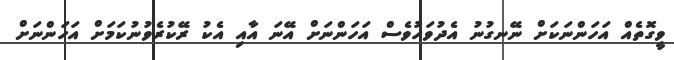
ވީގޮތެއް އަހަންނަކަށް ނޭނގުނު އެދުވަހުވެސް އަހަންނަށް އޭނަ އާއި އެކު ރޭކުރެވުނުކަމަށް އަހަންނަށް